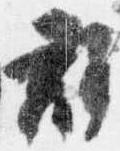
群